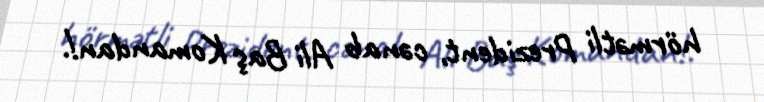
hörmətli Prezident, cənab Ali Baş Komandan!.